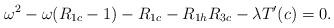
LaTeX: \begin{align*}\omega^2-\omega(R_{1c}-1)-R_{1c}-R_{1h}R_{3c}-\lambda T'(c)=0.\end{align*}